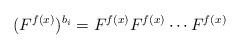
LaTeX: \begin{align*}(F^{f(x)})^{b_i}=F^{f(x)} F^{f(x)}\cdots F^{f(x)}\end{align*}